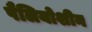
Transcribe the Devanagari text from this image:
पैलियोशीन